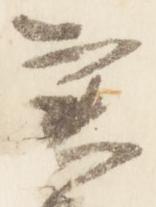
実